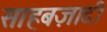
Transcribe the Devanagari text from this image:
साहबज़ादी